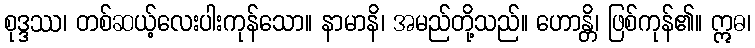
စုဒ္ဒဿ၊ တစ်ဆယ့်လေးပါးကုန်သော။ နာမာနိ၊ အမည်တို့သည်။ ဟောန္တိ၊ ဖြစ်ကုန်၏။ ဣဓ၊